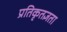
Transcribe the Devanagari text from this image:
प्रतिकृतज्ञता